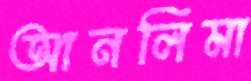
আনলিমা